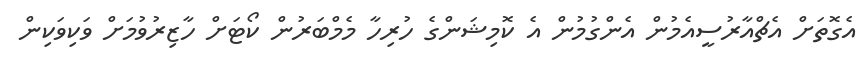
އެގޮތަށް އެޗްއާރުސީއެމުން އެންގުމުން އެ ކޮމިޝަންގެ ހުރިހާ މެމްބަރުން ކޯޓަށް ހާޒިރުވުމަށް ވަކިވަކިން